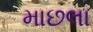
માછલા